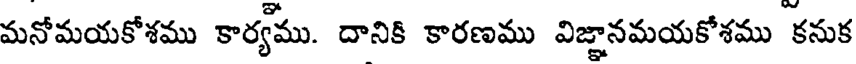
మనోమయకోశము కార్యము. దానికి కారణము విజ్ఞానమయకోశము కనుక